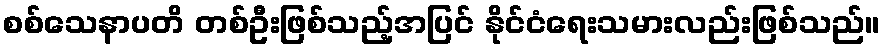
စစ်သေနာပတိ တစ်ဦးဖြစ်သည့်အပြင် နိုင်ငံရေးသမားလည်းဖြစ်သည်။